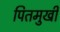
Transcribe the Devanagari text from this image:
पितमुखी